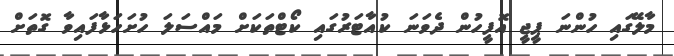
މާލޭގައި ހުންނަ ޕީޖީ އޮފީހުން ދެވަނަ ކުއާޓަރުގައި ކޯޓްތަކަށް މައްސަލަ ހުށަހަޅާފައިވާ ގޮތަށް